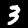
Label: 3